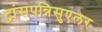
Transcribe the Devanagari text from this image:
ट्रांसपन्निसुएलर